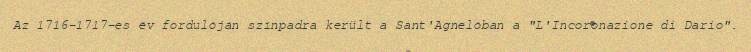
Az 1716–1717-es év fordulóján színpadra került a Sant'Agnelóban a "L'Incoronazione di Dario".